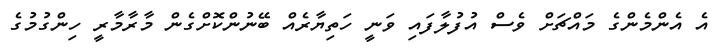
އެ އެންމެންގެ މައްޗަށް ވެސް އުފުލާފައި ވަނީ ހަތިޔާރެއް ބޭނުންކޮށްގެން މާރާމާރީ ހިންގުމުގެ